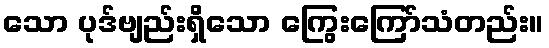
သော ပုဒ်ဗျည်းရှိသော ကြွေးကြော်သံတည်း။